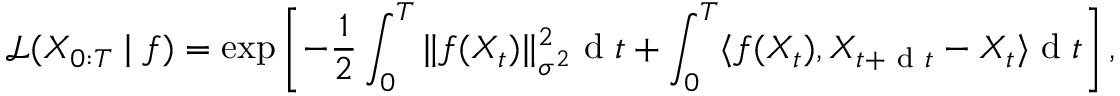
\small \mathcal { L } ( X _ { 0 : T } \mid f ) = \exp \left[ - \frac { 1 } { 2 } \int _ { 0 } ^ { T } \| f ( X _ { t } ) \| _ { \sigma ^ { 2 } } ^ { 2 } \mathrm { ~ d ~ } t + \int _ { 0 } ^ { T } \langle f ( X _ { t } ) , X _ { t + \mathrm { ~ d ~ } t } - X _ { t } \rangle \mathrm { ~ d ~ } t \right] ,